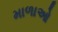
માળાઓ